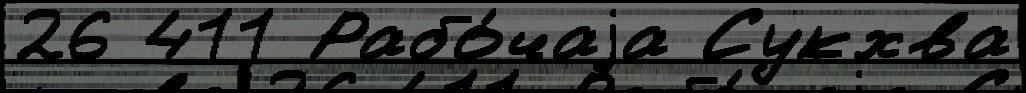
26 411 Рабо́чаjа Сукхва